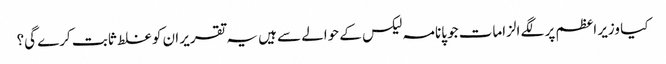
کیا وزیر اعظم پر لگے الزامات جو پانامہ لیکس کے حوالے سے ہیں یہ تقریر ان کو غلط ثابت کرے گی؟